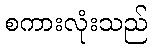
စကားလုံးသည်